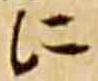
に